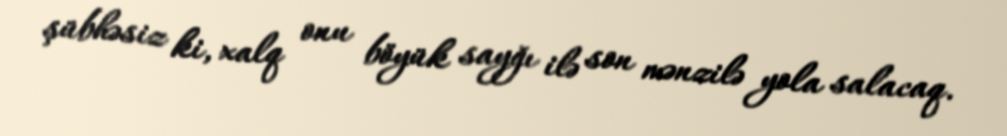
şübhəsiz ki, xalq onu böyük sayğı ilə son mənzilə yola salacaq.